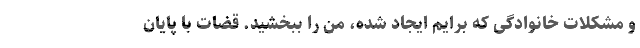
و مشکلات خانوادگی که برایم ایجاد شده، من را ببخشید. قضات با پایان